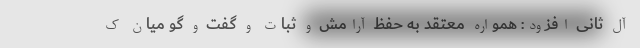
آل ثانی افزود: همواره معتقد به حفظ آرامش و ثبات و گفت و گو میان ک